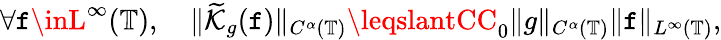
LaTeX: \forall\mathtt{f}\inL^{\infty}(\mathbb{{T}}),\quad\| \widetilde{{\mathcal{{K}}}}_{g}(\mathtt{f})\| _{C^{\alpha}(\mathbb{{T}})}\leqslantCC_{0}\| g\| _{C^{\alpha}(\mathbb{{T}})}\| \mathtt{f}\| _{L^{\infty}(\mathbb{{T}})},